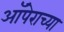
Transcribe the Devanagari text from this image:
ऑपेराच्या